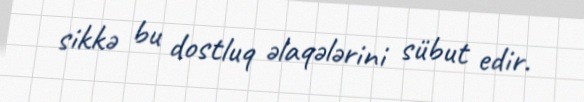
sikkə bu dostluq əlaqələrini sübut edir.